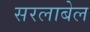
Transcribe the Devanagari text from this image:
सरलाबेल